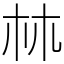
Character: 𣏟